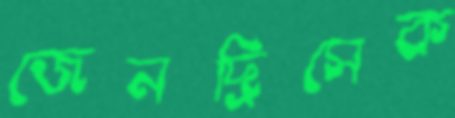
জেনদ্রিসেক